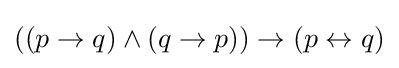
((p\rightarrow q)\wedge (q\rightarrow p))\rightarrow (p\leftrightarrow q)